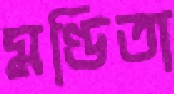
মণ্ডিতা